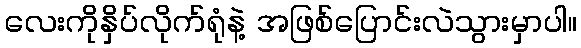
လေးကိုနှိပ်လိုက်ရုံနဲ့ အဖြစ်ပြောင်းလဲသွားမှာပါ။